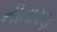
નીતારણ